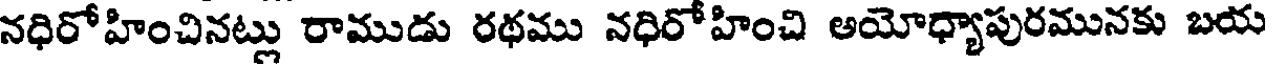
నధిరోహించినట్లు రాముడు రథము నధిరోహించి అయోధ్యాపురమునకు బయ